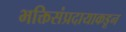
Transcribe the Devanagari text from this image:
भक्तिसंप्रदायाकडून